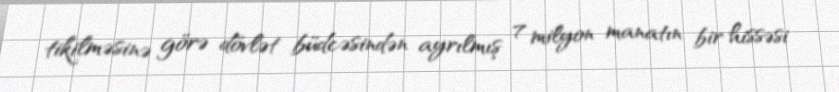
tikilməsinə görə dövlət büdcəsindən ayrılmış 7 milyon manatın bir hissəsi